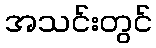
အသင်းတွင်